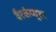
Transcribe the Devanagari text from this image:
बैटकंप्यूटर